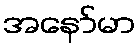
အနော်မာ